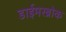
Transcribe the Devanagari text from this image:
डाईमरब्रोक